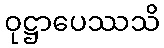
ဝုဋ္ဌာပေဿသိ